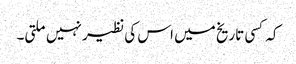
کہ کسی تاریخ میں اس کی نظیر نہیں ملتی۔